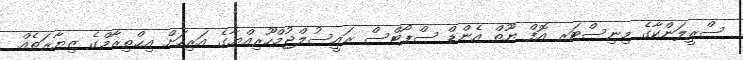
ސްރީލަންކާގެ މިނިސްޓަރ އޮފް ޔޫތް އެންޑް ސްޕޯޓްސް ރައީސުލްޖުމްހޫރިއްޔާގެ އަރިހަށް އިޙްތިރާމްގެ ޒިޔާރަތެއް